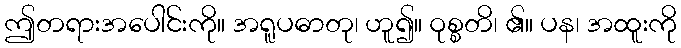
ဤတရားအပေါင်းကို။ အရူပဓာတု၊ ဟူ၍။ ဝုစ္စတိ၊ ၏။ ပန၊ အထူးကို